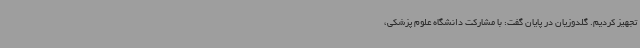
تجهیز کردیم. گلدوزیان در پایان گفت: با مشارکت دانشگاه علوم پزشکی،